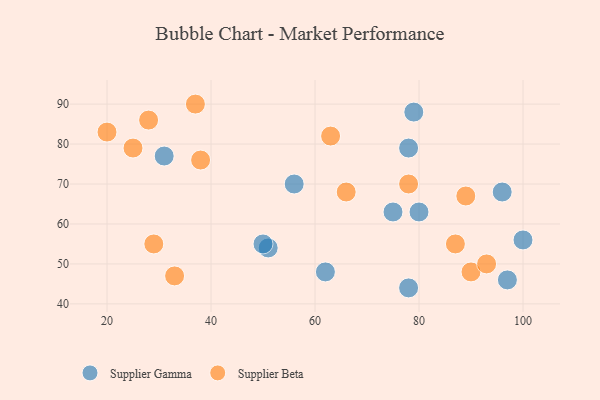
{"axis": {"x": "GDP", "y": "Life Expectancy"}, "legend": ["Supplier Beta", "Supplier Gamma"], "data": [{"x": "75", "y": 63, "type": "Supplier Gamma"}, {"x": "78", "y": 44, "type": "Supplier Gamma"}, {"x": "78", "y": 79, "type": "Supplier Gamma"}, {"x": "31", "y": 77, "type": "Supplier Gamma"}, {"x": "96", "y": 68, "type": "Supplier Gamma"}, {"x": "79", "y": 88, "type": "Supplier Gamma"}, {"x": "56", "y": 70, "type": "Supplier Gamma"}, {"x": "80", "y": 63, "type": "Supplier Gamma"}, {"x": "100", "y": 56, "type": "Supplier Gamma"}, {"x": "51", "y": 54, "type": "Supplier Gamma"}, {"x": "97", "y": 46, "type": "Supplier Gamma"}, {"x": "50", "y": 55, "type": "Supplier Gamma"}, {"x": "62", "y": 48, "type": "Supplier Gamma"}, {"x": "66", "y": 68, "type": "Supplier Beta"}, {"x": "25", "y": 79, "type": "Supplier Beta"}, {"x": "20", "y": 83, "type": "Supplier Beta"}, {"x": "29", "y": 55, "type": "Supplier Beta"}, {"x": "90", "y": 48, "type": "Supplier Beta"}, {"x": "78", "y": 70, "type": "Supplier Beta"}, {"x": "28", "y": 86, "type": "Supplier Beta"}, {"x": "63", "y": 82, "type": "Supplier Beta"}, {"x": "37", "y": 90, "type": "Supplier Beta"}, {"x": "33", "y": 47, "type": "Supplier Beta"}, {"x": "38", "y": 76, "type": "Supplier Beta"}, {"x": "89", "y": 67, "type": "Supplier Beta"}, {"x": "93", "y": 50, "type": "Supplier Beta"}, {"x": "87", "y": 55, "type": "Supplier Beta"}]}